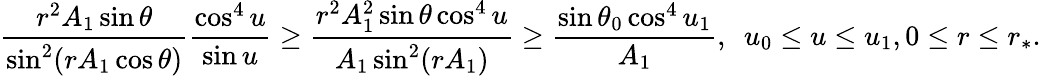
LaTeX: \frac{r^{2}A_{1}\sin\theta}{\sin^{2}(rA_{1}\cos\theta)}\frac{\cos^{4}u}{\sin u}\ge\frac{r^{2}A_{1}^{2}\sin\theta\cos^{4}u}{A_{1}\sin^{2}(rA_{1})}\ge\frac{\sin\theta_{0}\cos^{4}u_{1}}{A_{1}},\ \ u_{0}\le u\le u_{1},0\le r\le r_{*}.